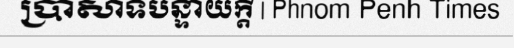
ប្រាសាទបន្ទាយក្តី | Phnom Penh Times